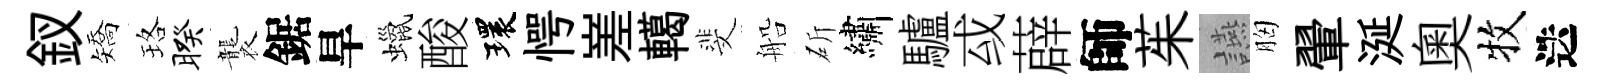
釵矯珞暌襲鋸旱蠟酸環愕嵳轕斐船斫繡驢㦯薜師茱讌胸翬涎奥牧迭